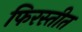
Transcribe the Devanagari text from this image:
फिरस्तीत